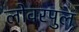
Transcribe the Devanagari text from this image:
लोवरपुल